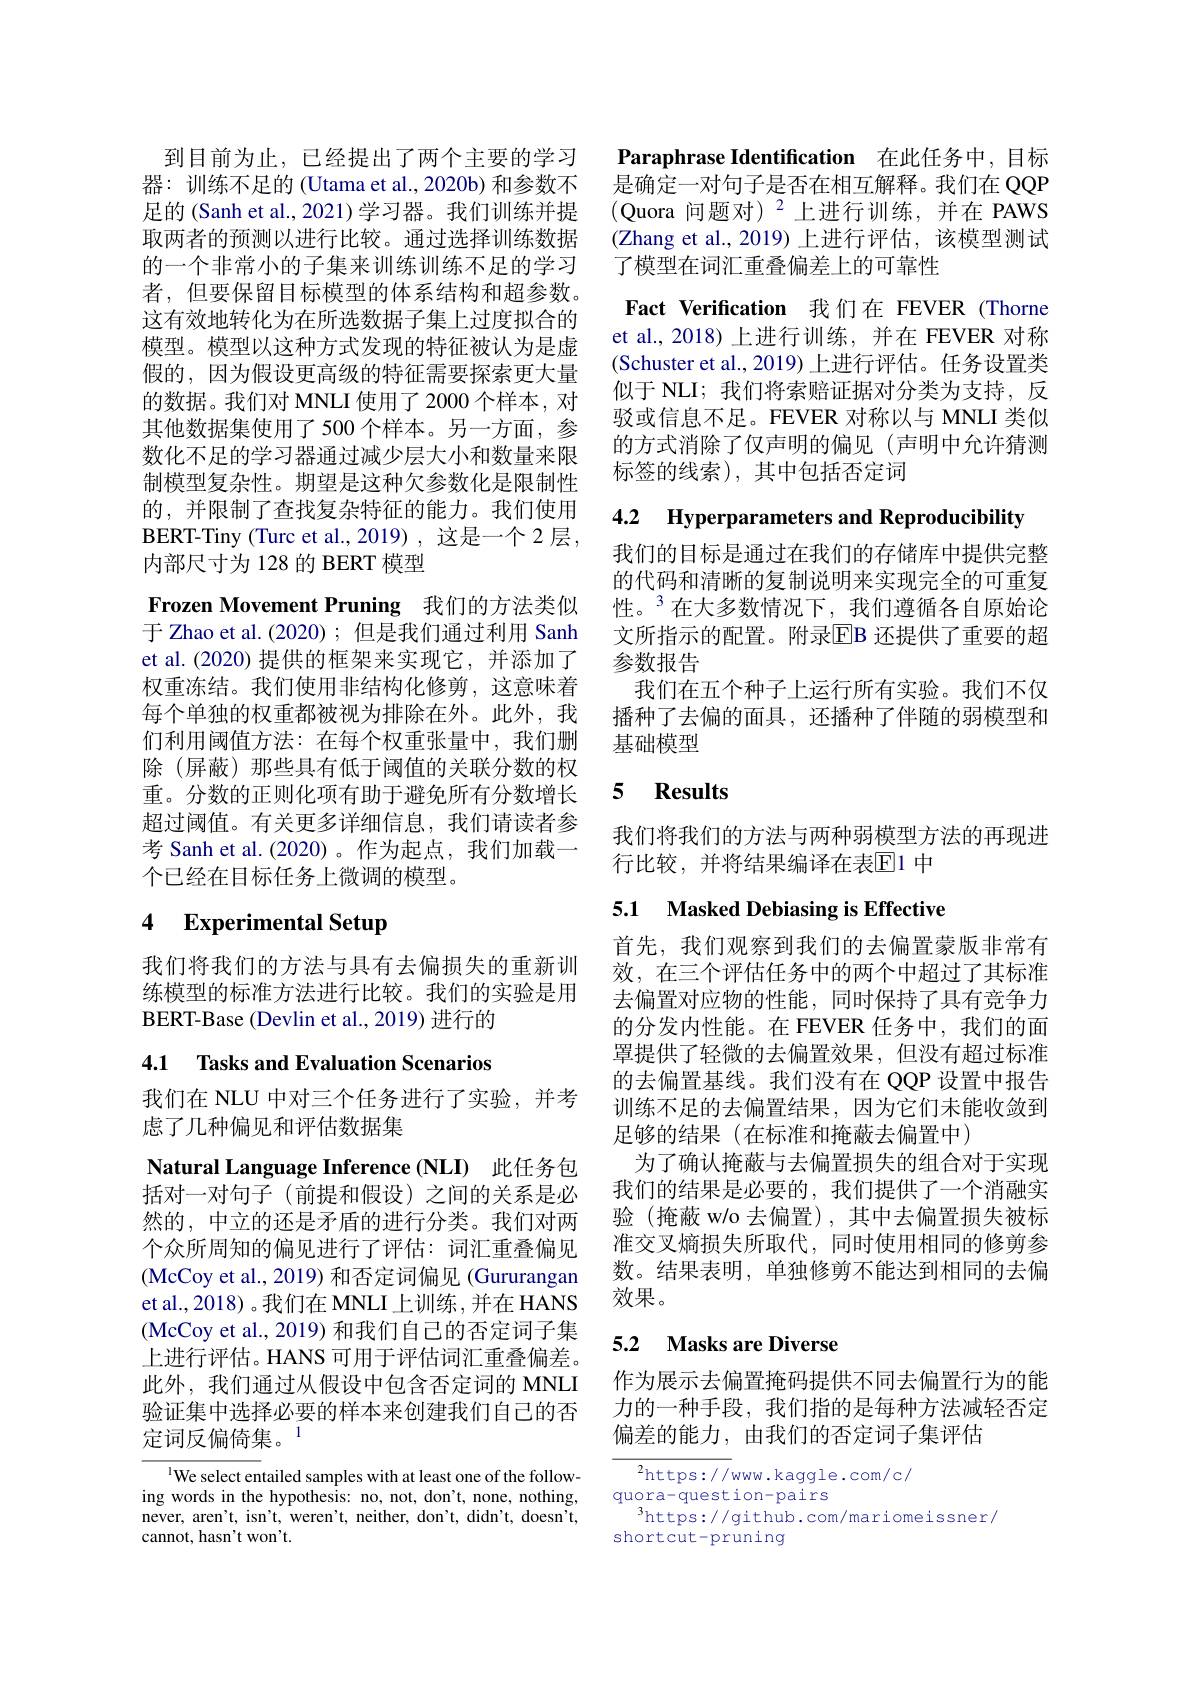
到目前为止，已经提出了两个主要的学习器：训练不足的 (Utama et al., 2020b) 和参数不足的 (Sanh et al., 2021) 学习器。我们训练并提取两者的预测以进行比较。通过选择训练数据的一个非常小的子集来训练训练不足的学习者，但要保留目标模型的体系结构和超参数。这有效地转化为在所选数据子集上过度拟合的模型。模型以这种方式发现的特征被认为是虚假的，因为假设更高级的特征需要探索更大量的数据。我们对 MNLI 使用了 2000 个样本，对其他数据集使用了 500 个样本。另一方面，参数化不足的学习器通过减少层大小和数量来限制模型复杂性。期望是这种欠参数化是限制性的，并限制了查找复杂特征的能力。我们使用BERT-Tiny (Turc et al.,2019),这是一个 2 层， 内部尺寸为 128 的 BERT 模型
Frozen Movement Pruning 我们的方法类似于 Zhao et al.(2020); 但是我们通过利用 Sanh et al.(2020) 提供的框架来实现它，并添加了权重冻结。我们使用非结构化修剪，这意味着每个单独的权重都被视为排除在外。此外，我们利用阈值方法：在每个权重张量中，我们删除(屏蔽)那些具有低于阈值的关联分数的权重。分数的正则化项有助于避免所有分数增长超过阈值。有关更多详细信息，我们请读者参考 Sanh et al.(2020)。作为起点，我们加载一个已经在目标任务上微调的模型。

# 4 Experimental Setup

我们将我们的方法与具有去偏损失的重新训练模型的标准方法进行比较。我们的实验是用BERT- Base ( Devlin et al. , 2019) 进 行 的

## 4.1 Tasks and Evaluation Scenarios

我们在 NLU 中对三个任务进行了实验，并考
虑了几种偏见和评估数据集

Natural Language Inference (NLI) 此任务包括对一对句子(前提和假设)之间的关系是必然的，中立的还是矛盾的进行分类。我们对两个众所周知的偏见进行了评估：词汇重叠偏见(McCoy et al., 2019) 和否定词偏见 (Gururangan et al.,2018)。我们在 MNLI 上训练，并在 HANS (McCoy et al., 2019) 和我们自己的否定词子集上进行评估。HANS 可用于评估词汇重叠偏差。此外，我们通过从假设中包含否定词的 MNLI 验证集中选择必要的样本来创建我们自己的否定词反偏倚集。$^{1}$

$^{1}$We select entailed samples with at least one of the following words in the hypothesis: no, not, don't, none, nothing, never, aren't, isn't, weren't, neither, don't, didn't, doesn't, cannot, has$n^{\prime }$t wo$n^{\prime }$t.

Paraphrase Identification 在此任务中，目标是确定一对句子是否在相互解释。我们在 QQP (Quora 问题对)$^2$上进行训练，并在 PAWS (Zhang et al.,2019)上进行评估，该模型测试了模型在词汇重叠偏差上的可靠性
Fact Verification 我们在 FEVER (Thorne et al., 2018) 上进行训练，并在 FEVER 对称(Schuster et al., 2019) 上进行评估。任务设置类似于 NLI; 我们将索赔证据对分类为支持，反驳或信息不足。FEVER 对称以与 MNLI 类似的方式消除了仅声明的偏见(声明中允许猜测标签的线索),其中包括否定词

4.2 Hyperparameters and Reproducibility

我们的目标是通过在我们的存储库中提供完整的代码和清晰的复制说明来实现完全的可重复性。$^{3}$在大多数情况下，我们遵循各自原始论文所指示的配置。附录$\overline{\mathrm{E}}$B 还提供了重要的超参数报告
我们在五个种子上运行所有实验。我们不仅播种了去偏的面具，还播种了伴随的弱模型和基础模型

## 5 $\textbf{Results}$

我们将我们的方法与两种弱模型方法的再现进
行比较，并将结果编译在表$\mathbb{E}$1 中

## 5.1 Masked Debiasing is Effective

首先，我们观察到我们的去偏置蒙版非常有效，在三个评估任务中的两个中超过了其标准去偏置对应物的性能，同时保持了具有竞争力的分发内性能。在 FEVER 任务中，我们的面罩提供了轻微的去偏置效果，但没有超过标准的去偏置基线。我们没有在 QQP 设置中报告训练不足的去偏置结果，因为它们未能收敛到足够的结果(在标准和掩蔽去偏置中)
为了确认掩蔽与去偏置损失的组合对于实现我们的结果是必要的，我们提供了一个消融实验(掩蔽 w/o 去偏置), 其中去偏置损失被标准交叉熵损失所取代，同时使用相同的修剪参数。结果表明，单独修剪不能达到相同的去偏效果。

## 5.2 Masks are Diverse

作为展示去偏置掩码提供不同去偏置行为的能力的一种手段，我们指的是每种方法减轻否定偏差的能力，由我们的否定词子集评估

$^{2}$https://www.kaggle.com/c/
quora-question-pairs
$^3$https://github.com/mariomeissner/
shortcut-pruning